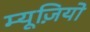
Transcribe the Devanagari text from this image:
म्यूज़ियो